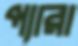
প্যারা